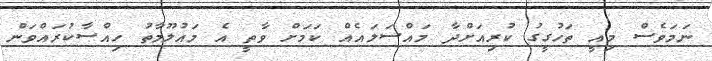
ނަމަވެސް މިއީ ތަހުގީގު ކުރިއަށްދާ މައްސަލައެއް ކަމަށް ވާތީ އެ މައުލޫމާތު ހިއްސާކުރައްވަން